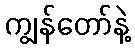
ကျွန်တော်နဲ့